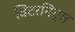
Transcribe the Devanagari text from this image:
विंटरनिट्‌स